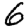
Digit: 6